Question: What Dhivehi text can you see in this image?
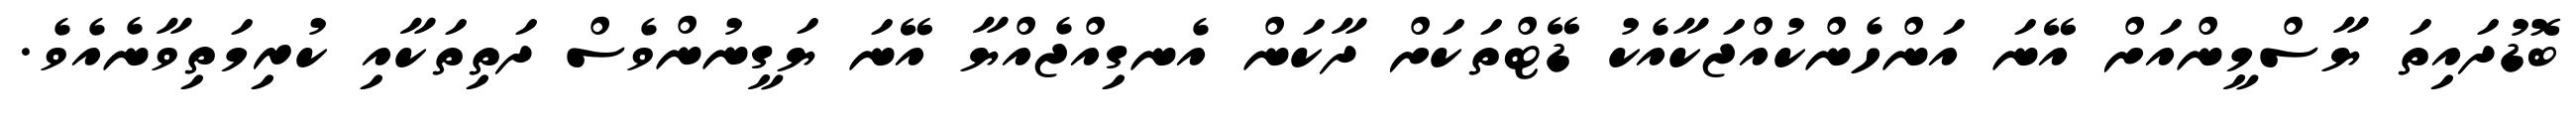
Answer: ބޮޑުދައިތަ ޔާސްމީންއަށް އޭނަ އަންހެންކުއްޖަކާއެކު ޑޭޓްތަކަށް ދާކަން އެނގިއްޖެއްޔާ އޭނަ ޔަގީނުންވެސް ދަތިތަކާއި ކުރިމަތިވާނެއެވެ.